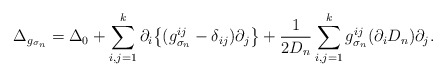
\begin{align*} \Delta_{g_{\sigma_n}}= \Delta_0 + \sum_{i,j = 1}^k \partial_i \big\{ (g^{ij}_{{\sigma_n}} - \delta_{ij}) \partial_j \big\} + \frac{1}{2D_n}\sum_{i,j=1}^k g_{{\sigma_n}}^{ij} (\partial_i D_n) \partial_j. \end{align*}